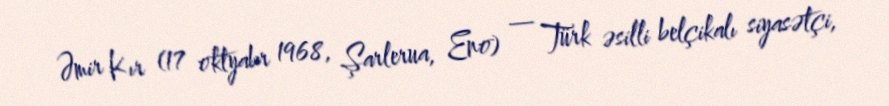
Əmir Kır (17 oktyabr 1968, Şarlerua, Eno) — Türk əsilli belçikalı siyasətçi,